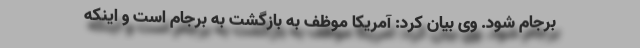
برجام شود. وی بیان کرد: آمریکا موظف به بازگشت به برجام است و اینکه